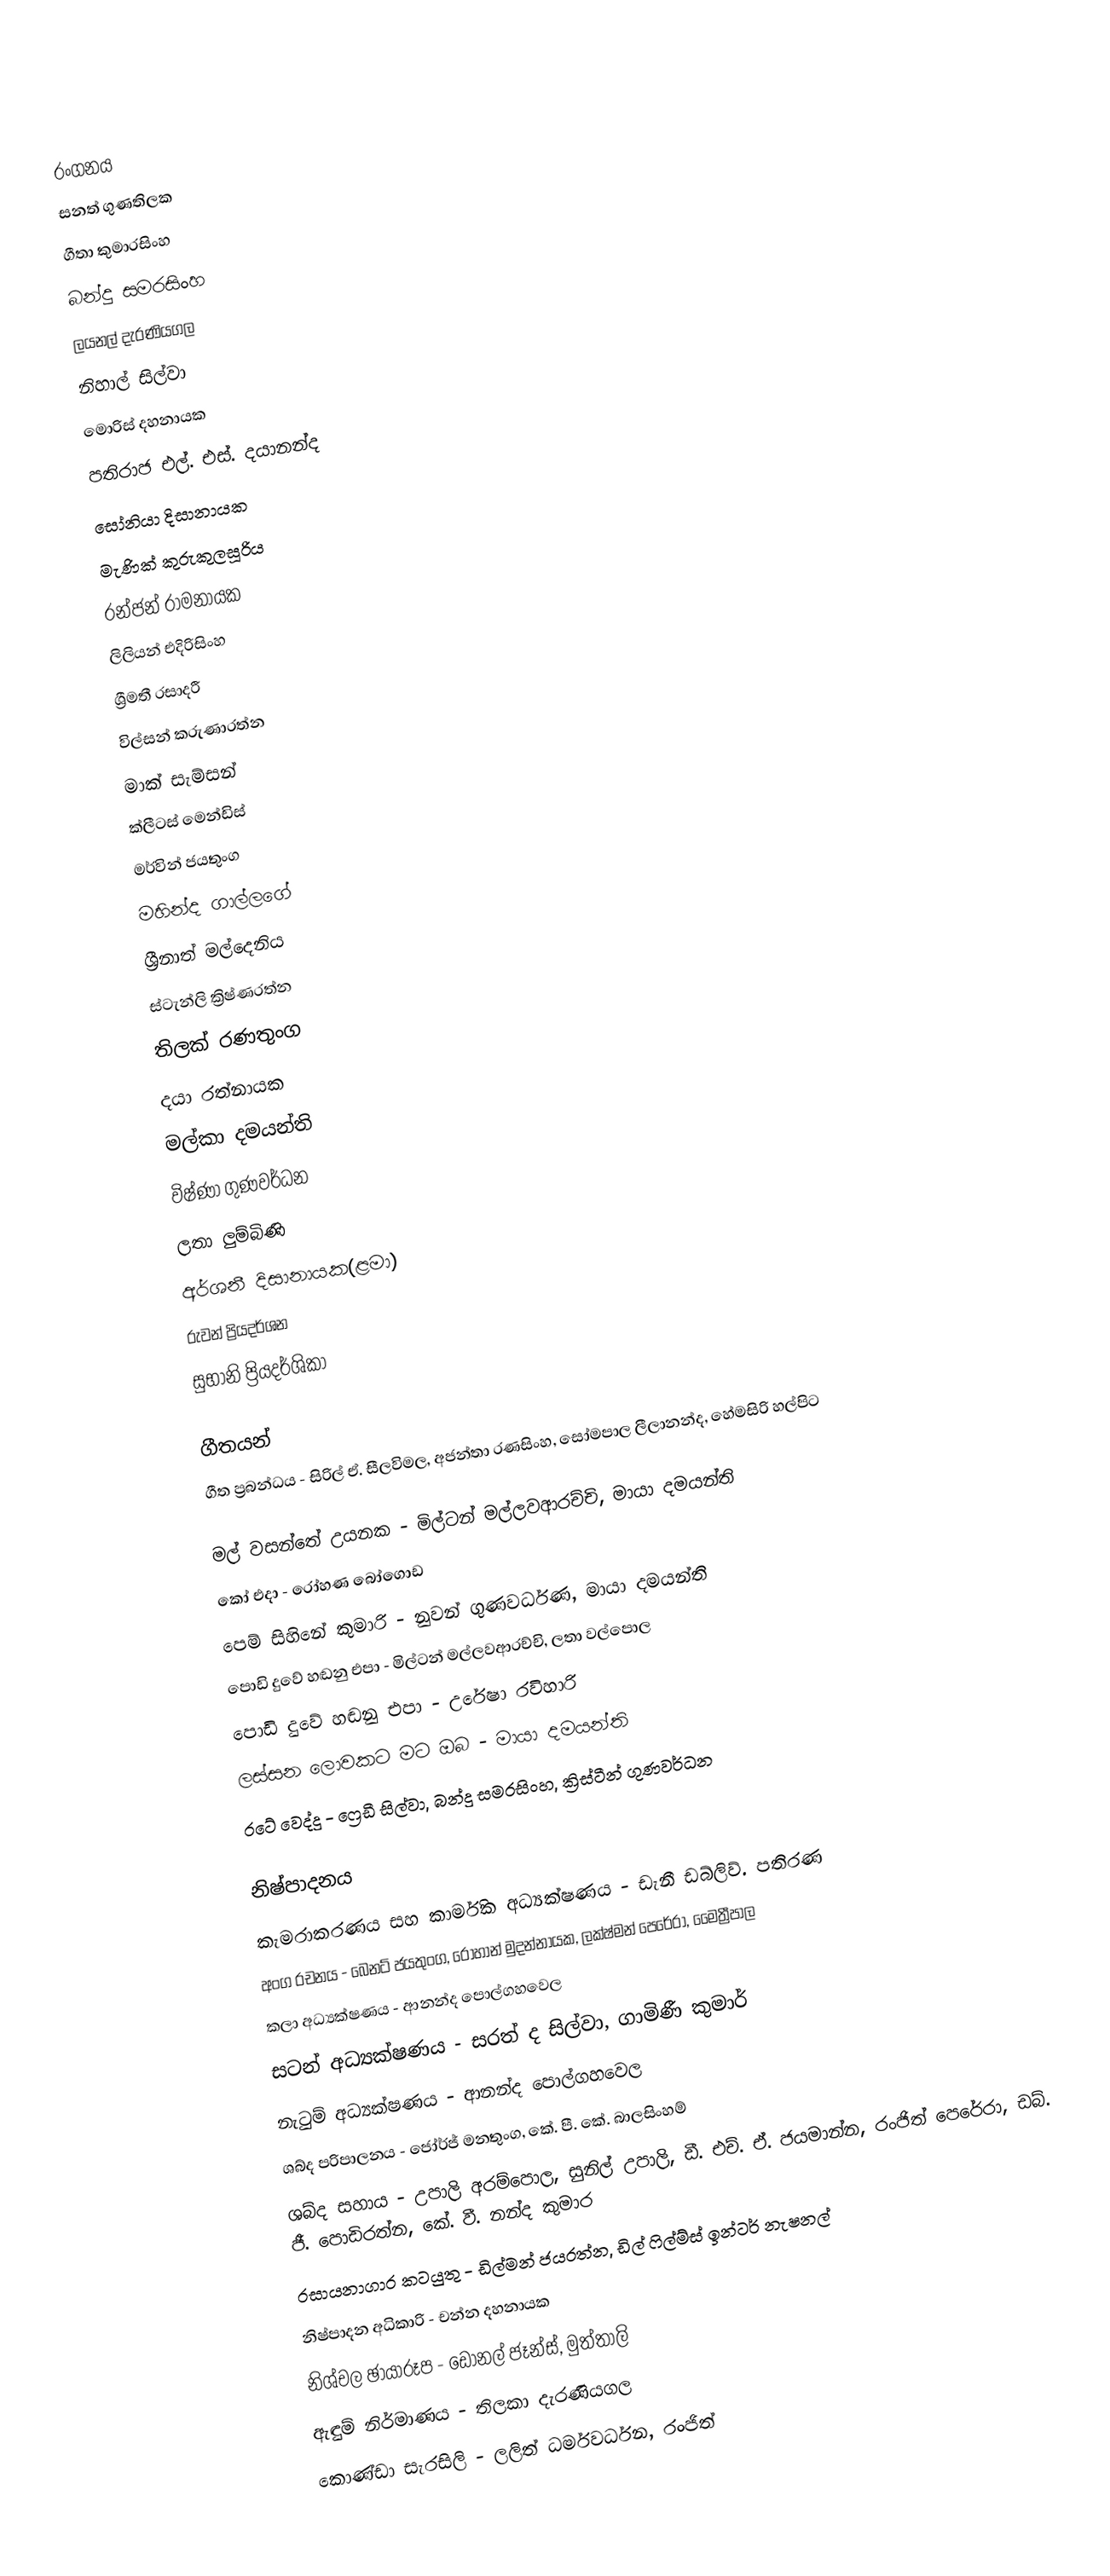

රංගනය
සනත් ගුණතිලක
ගීතා කුමාරසිංහ
බන්දු සමරසිංහ
ලයනල් දැරණියගල
නිහාල් සිල්වා
මොරිස් දහනායක
පතිරාජ එල්. එස්. දයානන්ද
සෝනියා දිසානායක
මැණික් කුරුකුලසූරිය
රන්ජන් රාමනායක
ලිලියන් එදිරිසිංහ
ශ්‍රීමතී රසාදරී
විල්සන් කරුණාරත්න
මාක් සැම්සන්
ක්ලීටස් මෙන්ඩිස්
මර්වින් ජයතුංග
මහින්ද ගාල්ලගේ
ශ්‍රීනාත් මල්දෙනිය
ස්ටැන්ලි ක්‍රිෂ්ණරත්න
තිලක් රණතුංග
දයා රත්නායක
මල්කා දමයන්ති
විෂ්ණා ගුණවර්ධන
ලතා ලුම්බිණි
අර්ශනී දිසානායක(ළමා)
රුවන් ප්‍රියදර්ශන
සුභානි ප්‍රියදර්ශිකා

ගීතයන්
ගීත ප්‍රබන්ධය - සිරිල් ඒ. සීලවිමල, අජන්තා රණසිංහ, සෝමපාල ලීලානන්ද, හේමසිරි හල්පිට

මල් වසන්තේ උයනක - මිල්ටන් මල්ලවආරච්චි, මායා දමයන්ති
කෝ එදා - රෝහණ බෝගොඩ
පෙම් සිහිනේ කුමාරි - නුවන් ගුණවර්ධණ, මායා දමයන්ති
පොඩි දුවේ හඬනු එපා - මිල්ටන් මල්ලවආරච්චි, ලතා වල්පොල
පොඩි දුවේ හඬනු එපා - උරේෂා රවිහාරි
ලස්සන ලොවකට මට ඔබ - මායා දමයන්ති
රටේ වෙද්දු - ෆ්‍රෙඩී සිල්වා, බන්දු සමරසිංහ, ක්‍රිස්ටීන් ගුණවර්ධන

නිෂ්පාදනය
කැමරාකරණය සහ කාර්මික අධ්‍යක්ෂණය - ඩැනී ඩබ්ලිව්. පතිරණ
අංග රචනය - බෙනට් ජයතුංග, රොහාන් මුදන්නායක, ලක්ෂ්මන් පෙරේරා, මෛත්‍රීපාල
කලා අධ්‍යක්ෂණය - ආනන්ද පොල්ගහවෙල
සටන් අධ්‍යක්ෂණය - සරත් ද සිල්වා, ගාමිණී කුමාර්
නැටුම් අධ්‍යක්ෂණය - ආනන්ද පොල්ගහවෙල
ශබ්ද පරිපාලනය - ජෝර්ජ් මනතුංග, කේ. පී. කේ. බාලසිංහම්
ශබ්ද සහාය - උපාලි අරම්පොල, සුනිල් උපාලි, ඩී. එච්. ඒ. ජයමාන්න, රංජිත් පෙරේරා, ඩබ්. ජී. පොඩිරත්න, කේ. වී. නන්ද කුමාර
රසායනාගාර කටයුතු - ඩිල්මන් ජයරත්න, ඩිල් ෆිල්ම්ස් ඉන්ටර් නැෂනල්
නිෂ්පාදන අධිකාරි - චන්න දහනායක
නිශ්චල ඡායාරූප - ඩොනල් ජෑන්ස්, මුත්තාලි
ඇඳුම් නිර්මාණය - තිලකා දැරණියගල
කොණ්ඩා සැරසිලි - ලලිත් ධර්මවර්ධන, රංජිත්